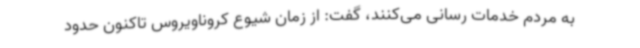
به مردم خدمات رسانی می‌کنند، گفت: از زمان شیوع کروناویروس تاکنون حدود